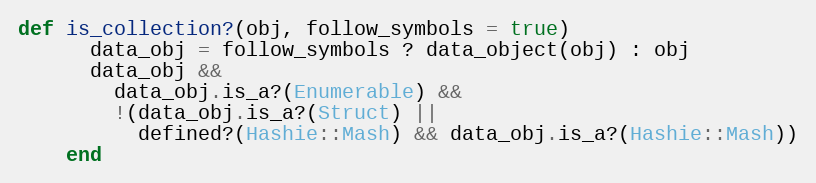
Language: Ruby
def is_collection?(obj, follow_symbols = true)
      data_obj = follow_symbols ? data_object(obj) : obj
      data_obj &&
        data_obj.is_a?(Enumerable) &&
        !(data_obj.is_a?(Struct) ||
          defined?(Hashie::Mash) && data_obj.is_a?(Hashie::Mash))
    end